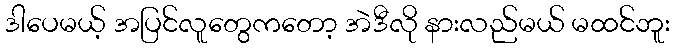
ဒါပေမယ့် အပြင်လူတွေကတော့ အဲဒီလို နားလည်မယ် မထင်ဘူး